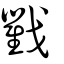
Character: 戵